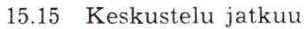
15.15 Keskustelu jatkuu